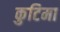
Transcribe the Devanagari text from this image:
कुटिमा